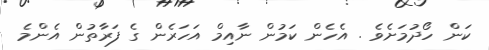
ކަން ހޯދުމަށެވެ . އެހެން ކަމުން ނާއިމް އަހަރެން ގެ ފަރާތުން އެންމެ